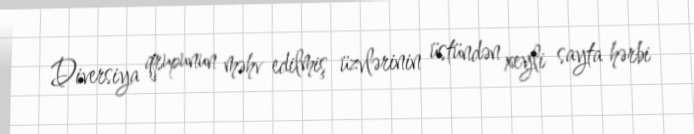
Diversiya qrupunun məhv edilmiş üzvlərinin üstündən xeyli sayta hərbi